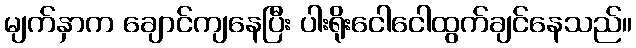
မျက်နှာက ချောင်ကျနေပြီး ပါးရိုးငေါငေါထွက်ချင်နေသည်။